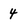
Character: 4